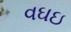
વઘઇ